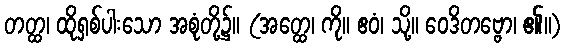
တတ္ထ၊ ထိုရှစ်ပါးသော အစုံတို့၌။ (အတ္ထေ၊ ကို။ ဧဝံ၊ သို့။ ဝေဒိတဗ္ဗော၊ ၏။)